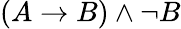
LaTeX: (A\to B)\land\neg B